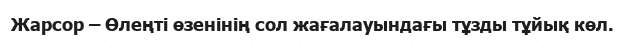
Жарсор – Өлеңті өзенінің сол жағалауындағы тұзды тұйық көл.